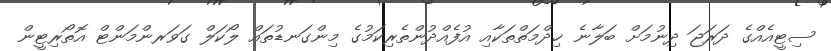
ސިޓީއެއްގެ ދަރަޖަ ދިނުމަށް ބަލާނެ ޚިދްމަތްތަކާއި އުފެއްދުންތެރިކަމުގެ މިންގަނޑުތައް ލޯކަލް ގަވަރންމަންޓް އޮތޯރިޓީން